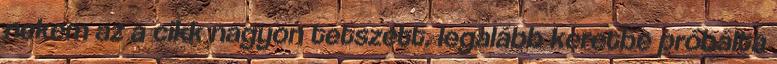
nekem az a cikk nagyon tetszett, legalább keretbe próbálta